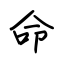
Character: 命